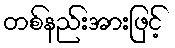
တစ်နည်းအားဖြင့်